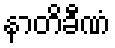
နာတိခီဏံ